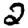
Digit: 2